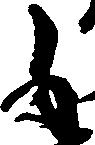
も